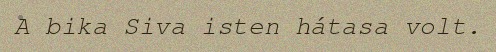
A bika Siva isten hátasa volt.